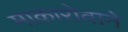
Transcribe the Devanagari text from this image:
माकारोवाने